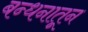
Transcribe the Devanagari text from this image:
बन्धनातून